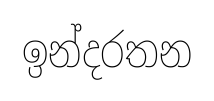
ඉන්දරතන